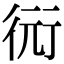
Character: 衏